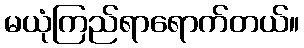
မယုံကြည်ရာရောက်တယ်။